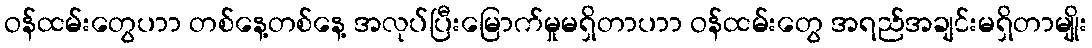
ဝန်ထမ်းတွေပာာ တစ်နေ့တစ်နေ့ အလုပ်ပြီးမြောက်မှုမရှိတာပာာ ဝန်ထမ်းတွေ အရည်အချင်းမရှိတာမျိုး